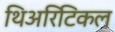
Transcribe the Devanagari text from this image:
थिअरिटिकल